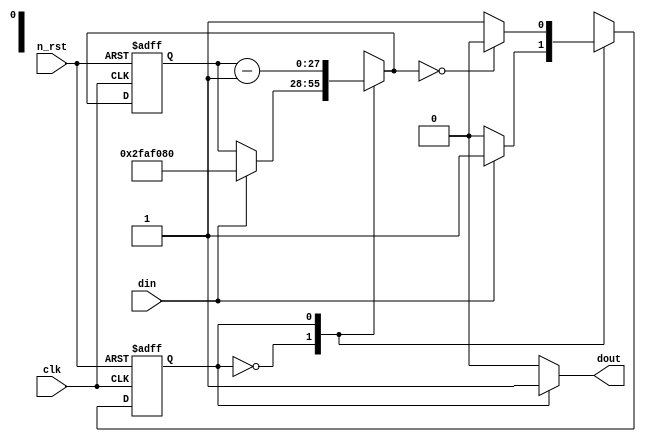
module delay(
    clk,
    n_rst,
    din,
    dout
);


//parameter N = 28;
//parameter T_20MS = 28'h000_0008;

parameter N = 28;
parameter T_1S = 28'h2FA_F080;
// 1s = 1.0+e9, 1clock = 20ns, 1s = 5.0+e7
//5.0+e7 = 28'b0010_1111_1010_1111_0000_1000_0000 = 28'h2FA_F080

input clk;
input n_rst;
input din;

output dout;

reg c_state;
reg n_state;

reg [N-1:0] c_cnt;
reg [N-1:0] n_cnt;

localparam D_INT = 1'b0;
localparam D_DELAY = 1'b1;

always @(posedge clk or negedge n_rst)
    if(!n_rst) begin
        c_state <= D_INT;
        c_cnt <= {N{1'b0}};
    end
    else begin
        c_state <= n_state;
        c_cnt <= n_cnt;
    end

always @(c_state or din or c_cnt or n_cnt)
    case(c_state)
    D_INT : begin
        n_state = (din == 1'b1) ? D_DELAY : c_state;
        n_cnt = (din == 1'b1) ? T_1S : c_cnt;
    end
    D_DELAY: begin
        n_state = (n_cnt == {N{1'b0}}) ? D_INT : c_state;
        n_cnt = c_cnt - {{(N-1){1'b0}}, 1'b1};
    end
    default : begin
        n_state = D_INT;
        n_cnt = {N{1'b0}};
    end
    endcase

    assign dout = (c_state == D_DELAY) ? 1'b1 : 1'b0;

endmodule